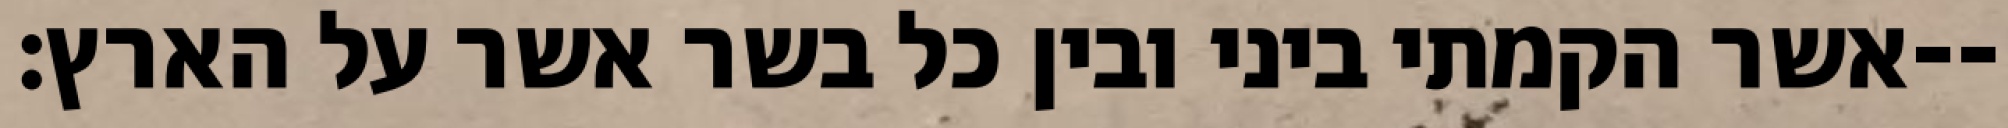
אשר הקמתי ביני ובין כל בשר אשר על הארץ׃--